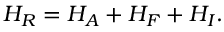
H _ { R } = { H _ { A } } + { H _ { F } } + { H _ { I } } .